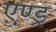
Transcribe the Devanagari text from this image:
एण्ड्र